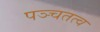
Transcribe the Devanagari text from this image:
पञ्चतत्व